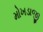
મોખડાજી